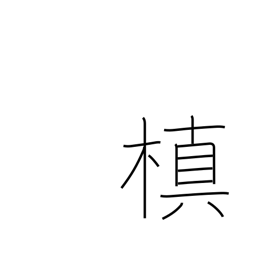
Meaning: ornamental evergreen